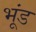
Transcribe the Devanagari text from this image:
भूंड